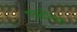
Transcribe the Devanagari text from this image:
एक्टोरल